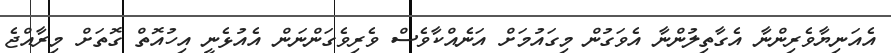
އެއަނިޔާވެރިންނާ އެގާތިލުންނާ އެވަގުން މިގައުމަށް އަނެއްކާވެސް ވެރިވެގަންނަން އެއުޅެނީ އިހުއޮތް ގޮތަށް މިރާއްޖެ